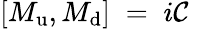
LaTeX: \left[M_{\mathrm{u}},M_{\mathrm{d}}\right]\; =\; i{\cal C}\;